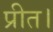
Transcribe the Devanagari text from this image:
प्रीत।